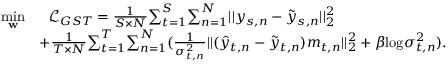
\begin{array} { r l } { \underset { \mathbf { w } } { \mathop { \operatorname* { m i n } } } } & { ~ ~ \mathcal { L } _ { G S T } = \frac { 1 } { S \times N } { \sum _ { t = 1 } ^ { S } } { \sum _ { n = 1 } ^ { N } } | | y _ { s , n } - \tilde { y } _ { s , n } | | _ { 2 } ^ { 2 } } \\ & { + \frac { 1 } { T \times N } { \sum _ { t = 1 } ^ { T } } { \sum _ { n = 1 } ^ { N } } ( \frac { 1 } { \sigma _ { t , n } ^ { 2 } } | | ( \hat { y } _ { t , n } - \tilde { y } _ { t , n } ) m _ { t , n } | | _ { 2 } ^ { 2 } + \beta \mathrm { l o g } \sigma _ { t , n } ^ { 2 } ) . } \end{array}